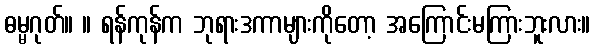
ဓမ္မဂုတ်။ ။ ရန်ကုန်က ဘုရားဒကာများကိုတော့ အကြောင်းမကြားဘူးလား။